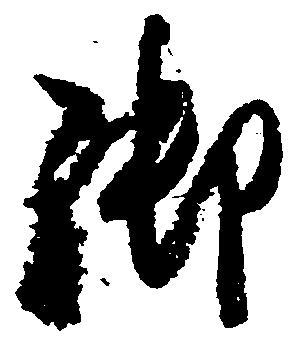
御